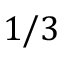
1 / 3